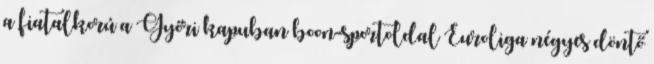
a fiatalkorú a Győri kapuban boon-sportoldal Euroliga négyes döntő